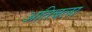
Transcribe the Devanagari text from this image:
अतिबला